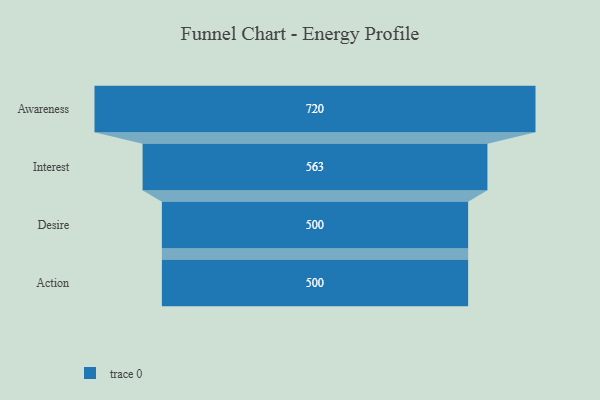
{"axis": {"x": "Stage", "y": "Value"}, "legend": [""], "data": [{"x": "Awareness", "y": 720.0, "type": ""}, {"x": "Interest", "y": 563.0, "type": ""}, {"x": "Desire", "y": 500, "type": ""}, {"x": "Action", "y": 500, "type": ""}]}